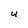
Character: U